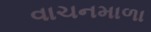
વાચનમાળા